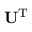
\mathbf { U } ^ { \mathrm { T } }